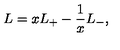
L = x L _ { + } - \frac { 1 } { x } L _ { - } ,